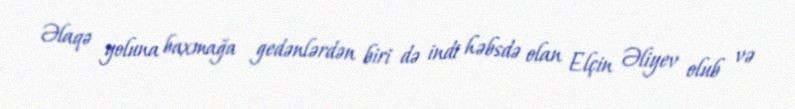
Əlaqə yoluna baxmağa gedənlərdən biri də indi həbsdə olan Elçin Əliyev olub və